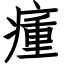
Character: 瘇